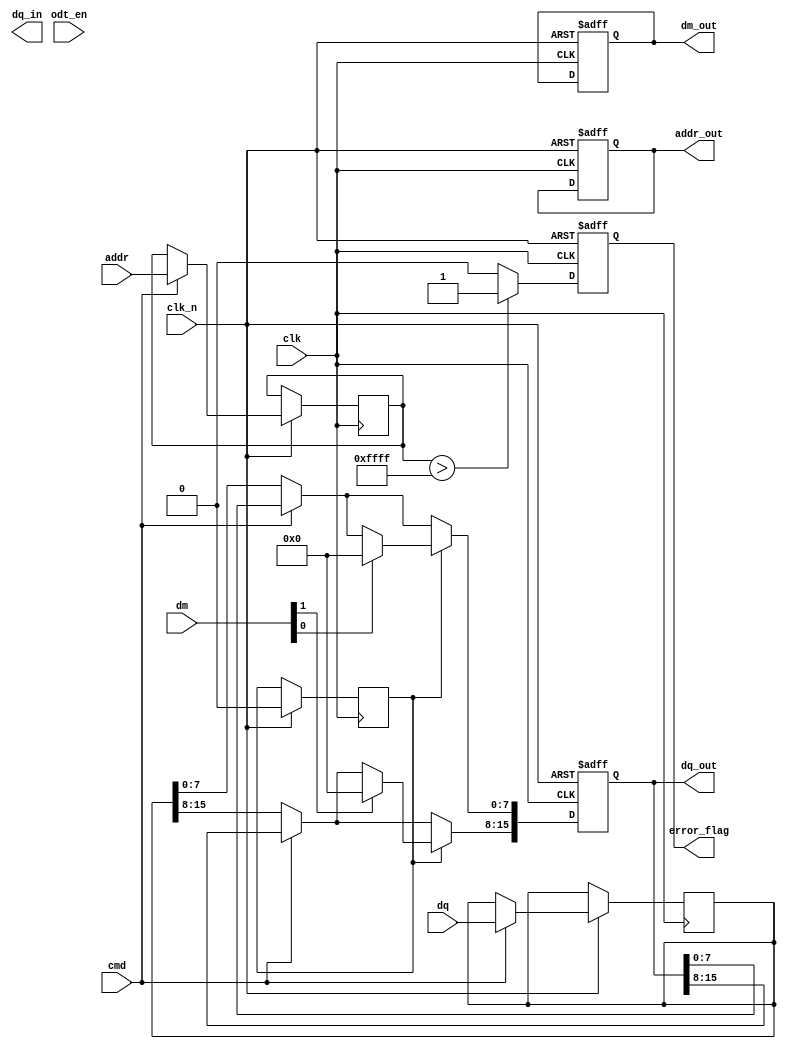
module lpddr4_io_block (
    input wire clk,               // System clock
    input wire clk_n,             // Inverted system clock (differential)
    input wire [15:0] dq,         // Data lines (16 bits wide)
    input wire [1:0] dm,          // Data mask lines (2 bits wide)
    input wire [15:0] addr,       // Address lines (16 bits wide)
    input wire cmd,               // Command signal
    input wire odt_en,            // On-die termination enable
    output reg [15:0] dq_out,     // Data output lines
    output reg [15:0] dq_in,      // Data input lines
    output reg [1:0] dm_out,      // Data mask output lines
    output reg [15:0] addr_out,   // Address output lines
    output reg error_flag          // Error flag for error handling
);

// Internal signals
reg [15:0] data_buffer;          // Buffer for data
reg [15:0] addr_buffer;          // Buffer for address
reg write_enable;                // Write enable signal
reg read_enable;                 // Read enable signal

// Timing control logic
always @(posedge clk or negedge clk_n) begin
    if (!clk_n) begin
        // Reset logic
        dq_out <= 16'b0;
        dm_out <= 2'b0;
        addr_out <= 16'b0;
        error_flag <= 1'b0;
    end else begin
        // Command processing
        if (cmd) begin
            // Write operation
            write_enable <= 1'b1;
            data_buffer <= dq; // Capture data for writing
            addr_buffer <= addr; // Capture address
        end else begin
            // Read operation
            read_enable <= 1'b1;
            dq_out <= data_buffer; // Output data from buffer
        end

        // Data mask handling
        if (write_enable) begin
            if (dm[0]) begin
                dq_out[7:0] <= 8'b0; // Mask lower byte
            end
            if (dm[1]) begin
                dq_out[15:8] <= 8'b0; // Mask upper byte
            end
        end

        // Error handling (simple example)
        if (addr_buffer > 16'hFFFF) begin
            error_flag <= 1'b1; // Set error flag for invalid address
        end else begin
            error_flag <= 1'b0; // Clear error flag
        end

        // Reset write/read enable signals
        write_enable <= 1'b0;
        read_enable <= 1'b0;
    end
end

// On-die termination logic (simplified)
always @(posedge odt_en) begin
    // Enable ODT logic here
end

endmodule